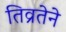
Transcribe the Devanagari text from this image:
तिव्रतेने